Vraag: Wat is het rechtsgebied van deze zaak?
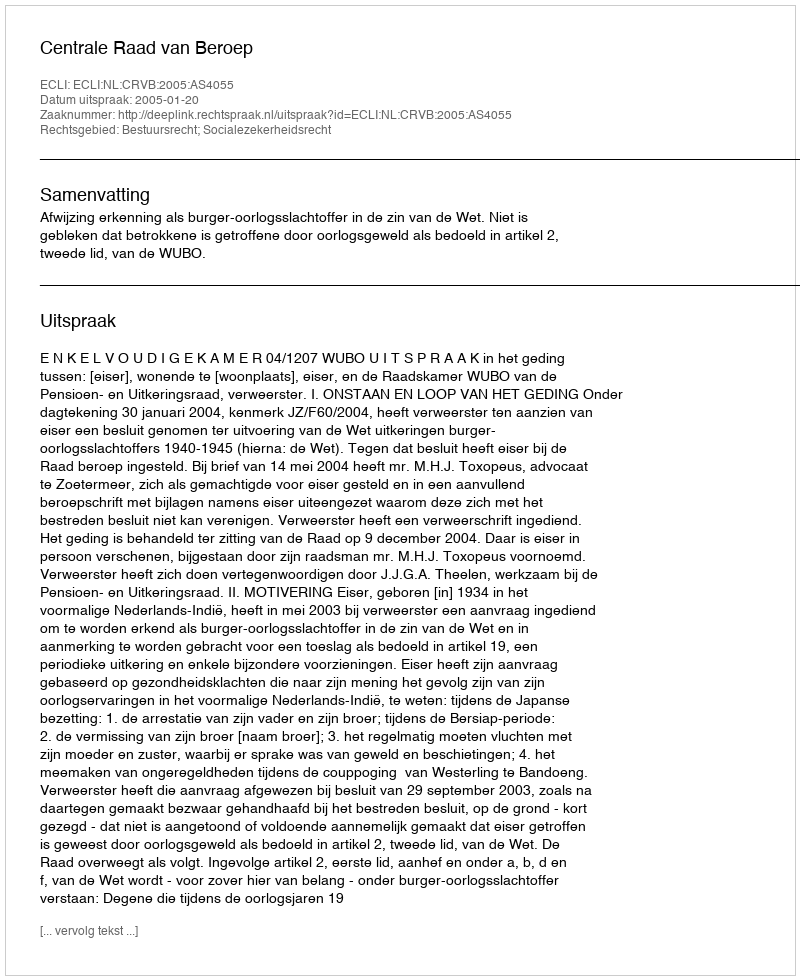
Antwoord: Bestuursrecht; Socialezekerheidsrecht